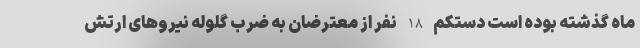
ماه گذشته بوده است دستکم 18 نفر از معترضان به ضرب گلوله نیروهای ارتش